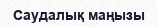
Саудалық маңызы